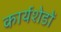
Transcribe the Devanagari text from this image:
कार्यशेडों